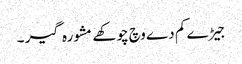
جیڑے کم دے وچ چوکھے مشورہ گیر ۔